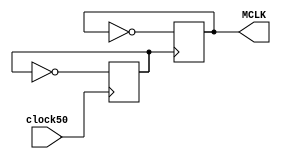
module clk_256fs(MCLK, clock50);
	// 12.5Mhz ~= 12.288Mhz
	output MCLK;
	input clock50;
	reg clock25, MCLK;
	
	initial begin clock25 = 0; MCLK = 0; end
	always @(posedge clock50) clock25 = ~clock25;
	always @(posedge clock25) MCLK = ~MCLK;
endmodule